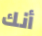
أنك